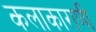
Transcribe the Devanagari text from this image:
कलाकाराणी